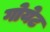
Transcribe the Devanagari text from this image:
गोयेट